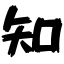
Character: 知